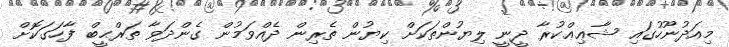
މިއަދުނޫހުގައި ޝާޢިޢްކުރާ ދީނީ ލިޔުންތަކަށް ކިޔުން ތެރިން ދެއްވަމުން ގެންދަވާ ތަރްޙީބް ފާހަގަކޮށް